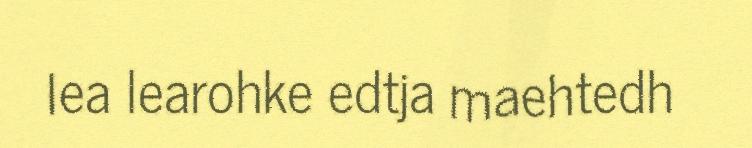
lea learohke edtja maehtedh